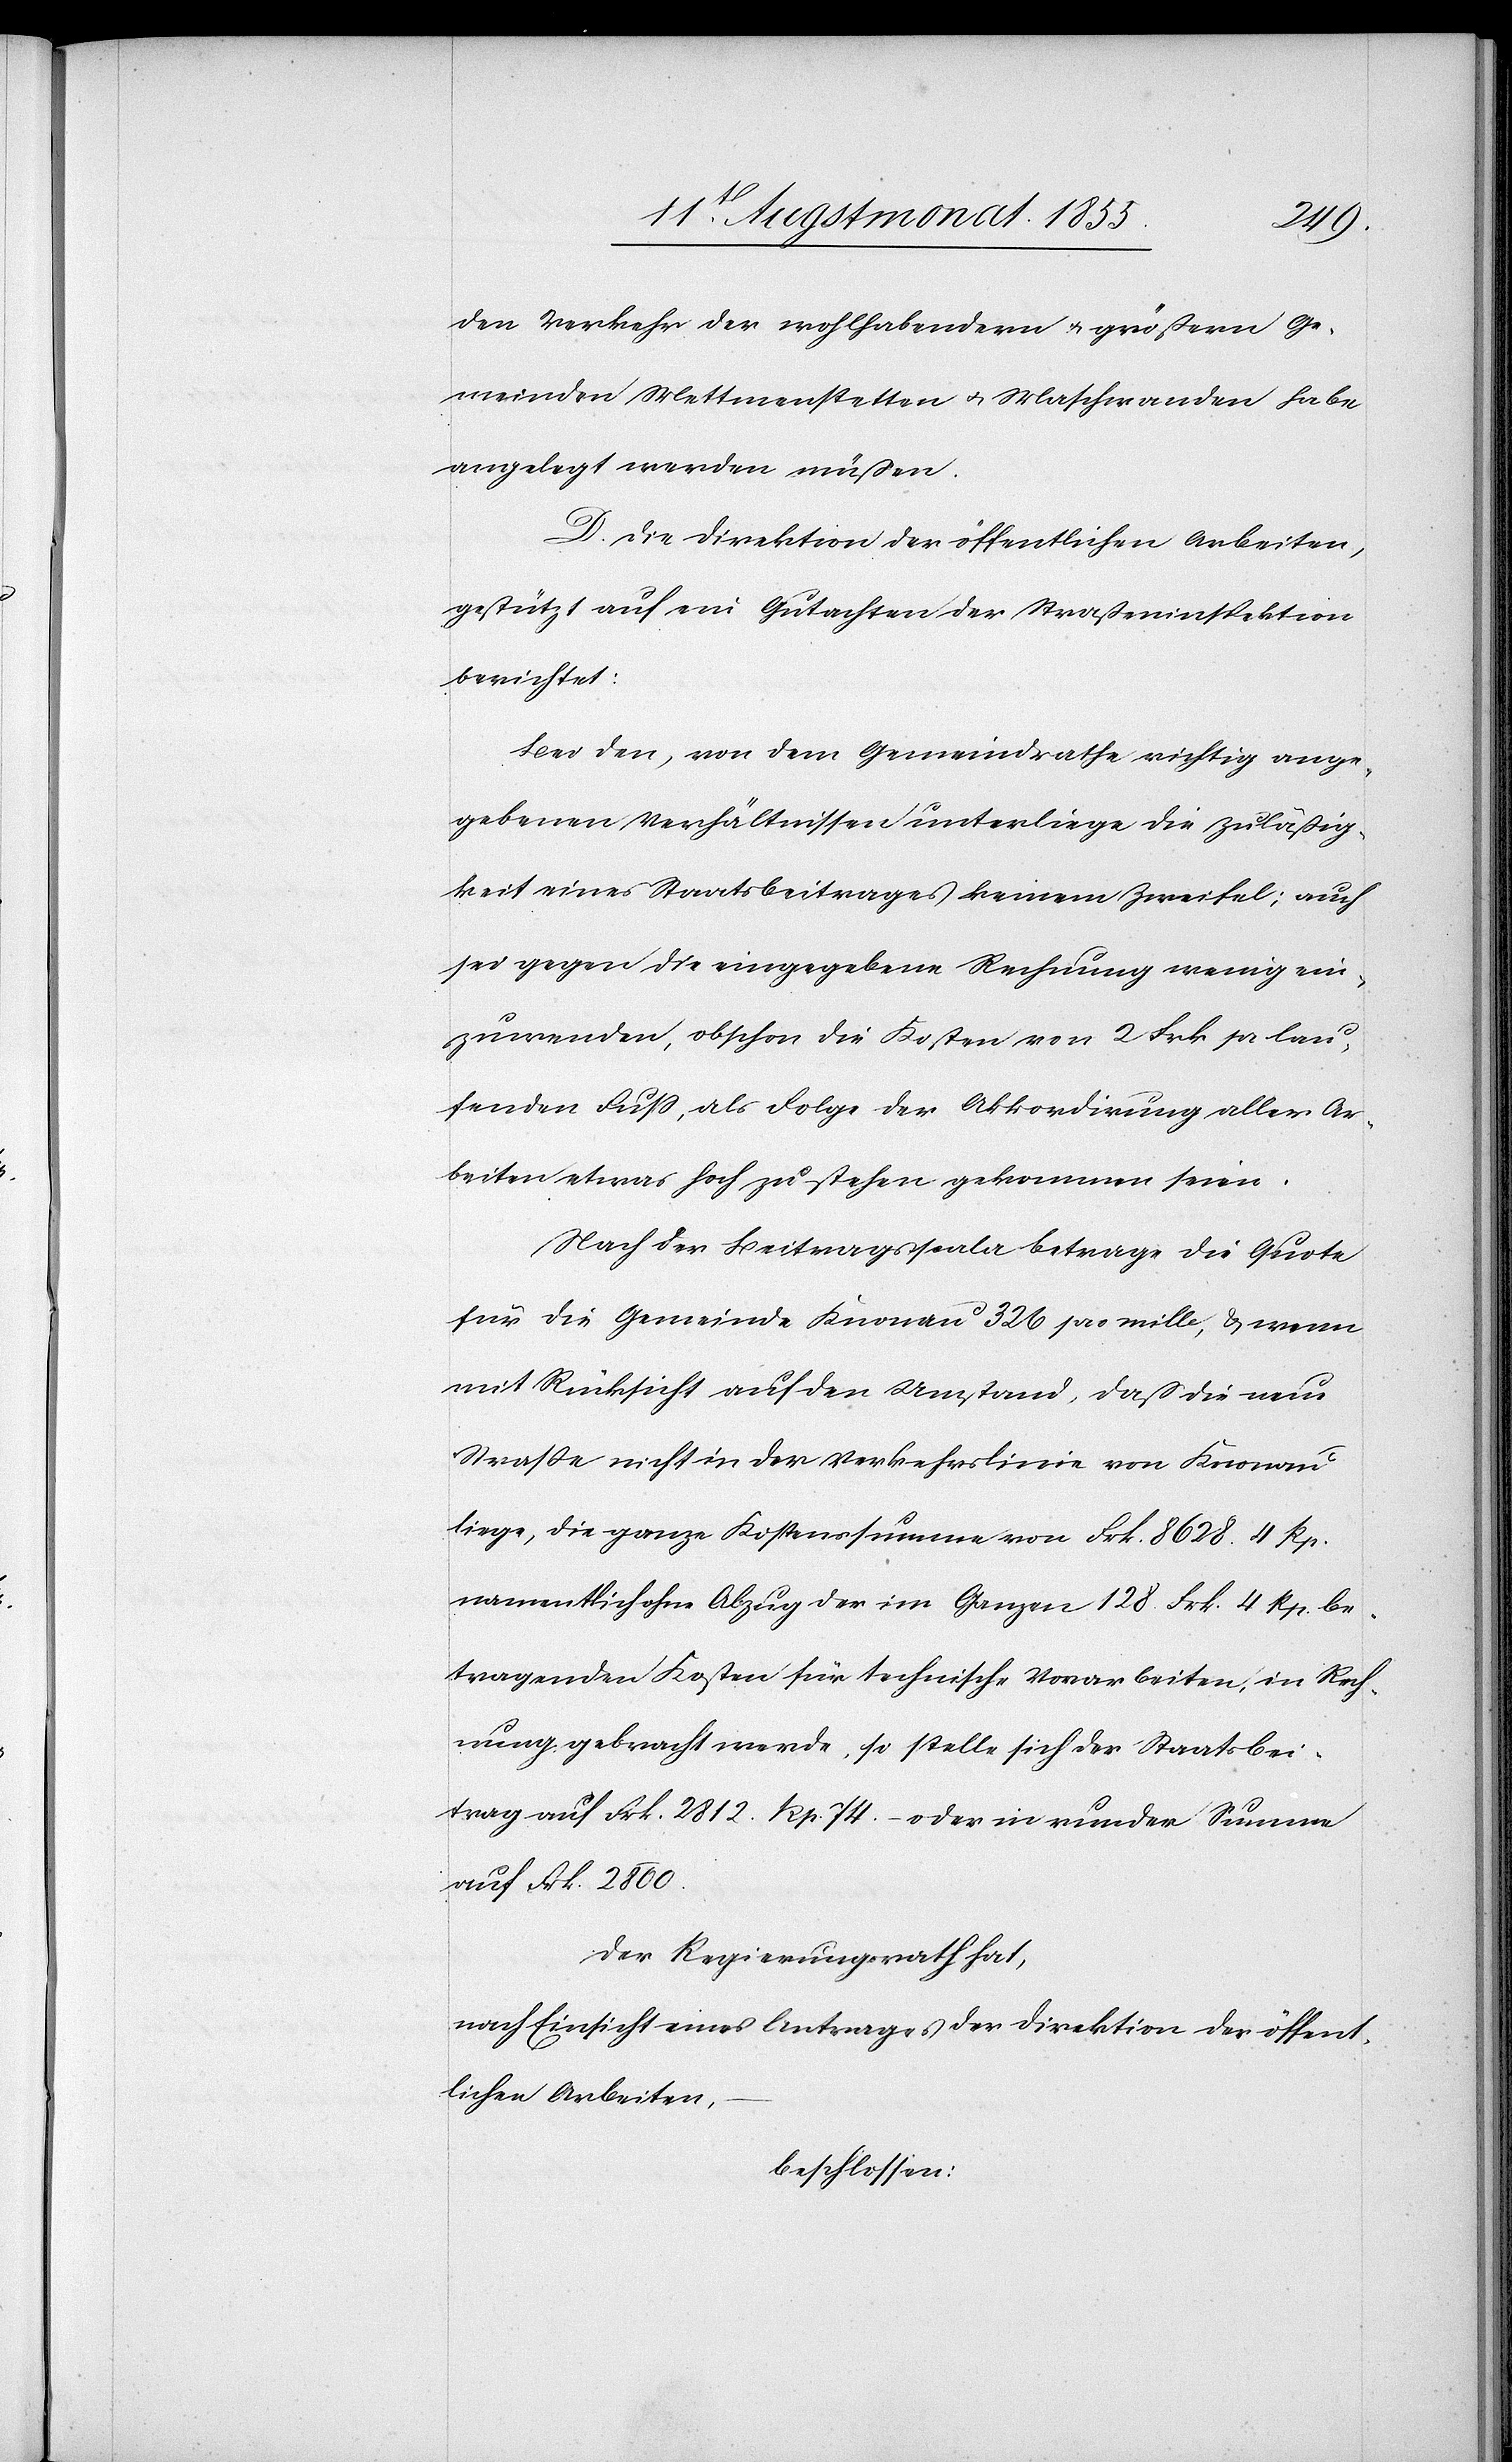
den Verkehr der wohlhabendern & größern Ge¬
meinden Mettmenstetten & Maschwanden habe
angelegt werden müßen.
D. Die Direktion der öffentlichen Arbeiten,
gestützt auf ein Gutachten der Straßeninspektion
berichtet:
Bei den, von dem Gemeindrathe richtig ange¬
gebenen Verhältnissen unterliege die Zuläßig¬
keit eines Staatsbeitrages keinem Zweifel; auch
sei gegen die eingegebene Rechnung wenig ein¬
zuwenden, obschon die Kosten von 2 Frk. pr. lau¬
fenden Fuss, als Folge der Akkordirung aller Ar¬
beiten etwas hoch zu stehen gekommen seien.
Nach der Beitragsscala betrage die Quote
für die Gemeinde Knonau 326 pro mille, & wenn
mit Rücksicht auf den Umstand, daß die neue
Strasse nicht in der Verkehrslinie von Knonau
liege, die ganze Kostenssumme von Frk. 8628. 4 Rp.
namentlich ohne Abzug der im Ganzen 128. Frk. 4 Rp. be¬
tragenden Kosten für technische Vorarbeiten, in Rech¬
nung gebracht werde, so stelle sich der Staatsbei¬
trag auf Frk. 2812. Rp. 74. – oder in runder Summe
auf Frk. 2800.
Der Regierungsrath hat,
nach Einsicht eines Antrages der Direktion der öffent¬
lichen Arbeiten,
beschlossen: